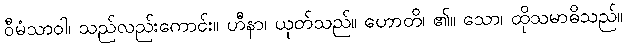
ဝီမံသာဝါ၊ သည်လည်းကောင်း။ ဟီနာ၊ ယုတ်သည်။ ဟောတိ၊ ၏။ သော၊ ထိုသမာဓိသည်။